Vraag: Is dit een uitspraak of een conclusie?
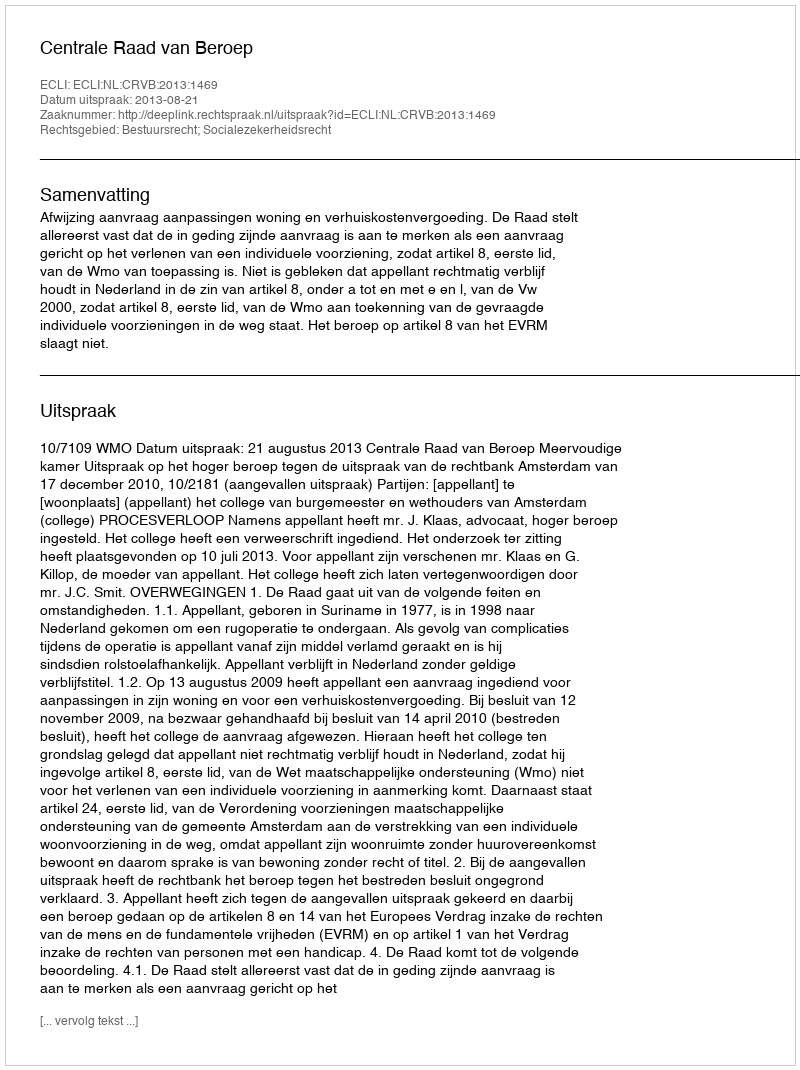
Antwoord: Uitspraak